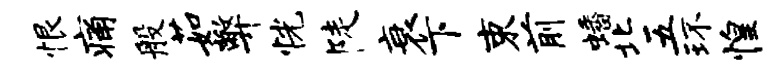
恨痛般茹弊恍陡衰下束前蟠北五环惶